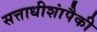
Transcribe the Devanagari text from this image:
सत्ताधीशांपैकी